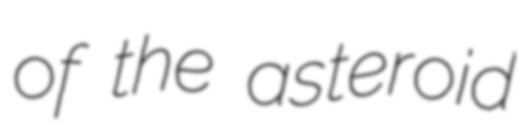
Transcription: of the asteroid